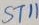
Text: ST11